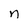
Character: n